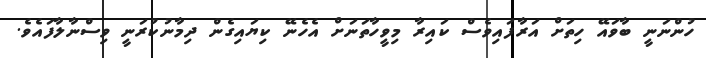
ހުންނަނީ ބާވައޭ ހިތަށް އަރާފައިވެސް ކައިރާ މިވީހާތަނަށް އެހެނޭ ކިޔައިގެން ދިމާނުކުރަނީ ވިސްނާލާފައެވެ.